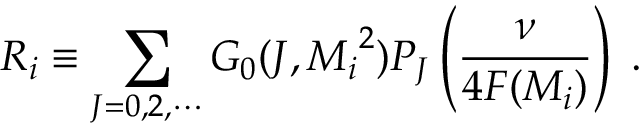
R _ { i } \equiv \sum _ { J = 0 , 2 , \cdots } G _ { 0 } ( J , { M _ { i } } ^ { 2 } ) P _ { J } \left( \frac { \nu } { 4 F ( M _ { i } ) } \right) \; .